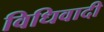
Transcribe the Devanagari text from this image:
विधिवादी